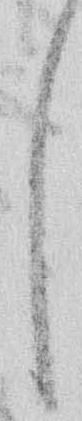
し